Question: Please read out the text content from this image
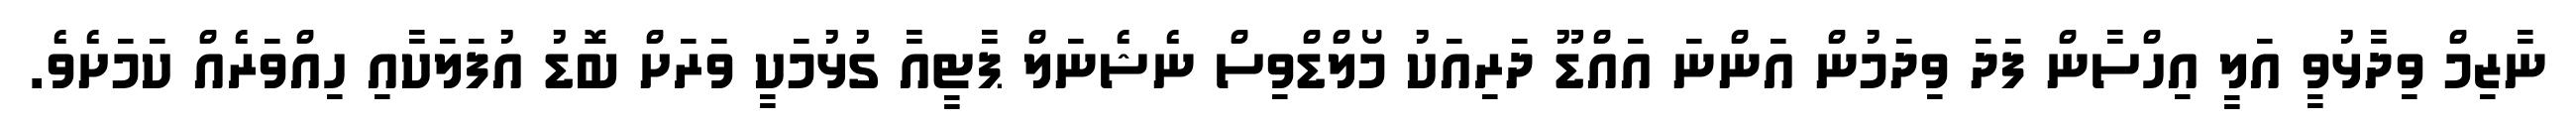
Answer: ނާޒިމް ވިދާޅުވީ އަލީ އިހްސާން ފަދަ ވިދަމުން އަންނަ އައްޑޫ ދަރިއަކު މޯލްޑްވިސް ނެޝެނަލް ޕާޓީއާ ގުޅުމަކީ ވަރަށް ބޮޑު އުފަލަކާއި ހިއްވަރެއް ކަމަށެވެ.